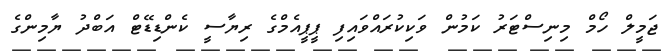
ޖަމީލް ހޯމް މިނިސްޓަރު ކަމުން ވަކިކުރައްވައިފި ޕީޕީއެމްގެ ރިޔާސީ ކެންޑިޑޭޓް އަބްދު ޔާމިންގެ